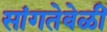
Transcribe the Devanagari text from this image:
सांगतेवेळीं